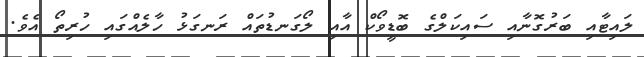
ލައިޓާއި ބަރުގޮނާއި ސައިކަލްގެ ބޮޑީވޯކް އާއި ލޯގަނޑުތައް ރަނގަޅު ހާލެއްގައި ހުރިތޯ އެވެ.